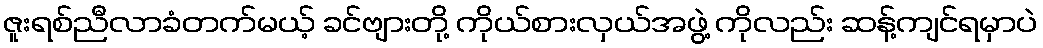
ဇူးရစ်ညီလာခံတက်မယ့် ခင်ဗျားတို့ ကိုယ်စားလှယ်အဖွဲ့ ကိုလည်း ဆန့်ကျင်ရမှာပဲ